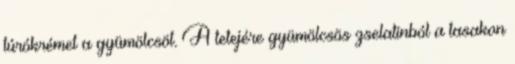
túrókrémet a gyümölcsöt. A tetejére gyümölcsös zselatinból a tasakon